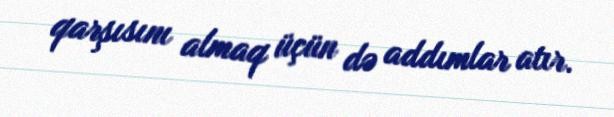
qarşısını almaq üçün də addımlar atır.